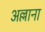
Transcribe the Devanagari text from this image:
अल्लाना